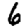
Digit: 6